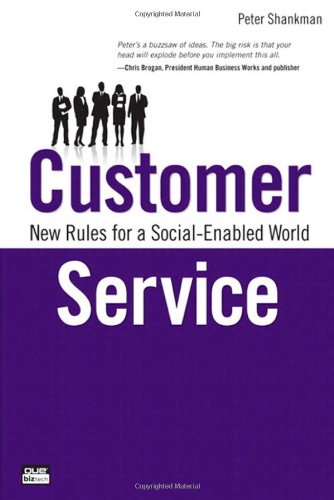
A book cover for Customer Service: New Rules for a Social Media World (Que Biz-Tech); Peter Shankman; Computers & Technology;